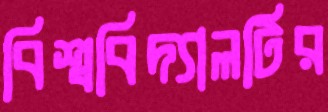
বিশ্ববিদ্যালটির